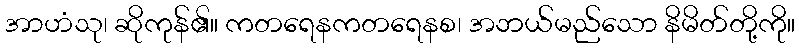
အာဟံသု၊ ဆိုကုန်၏။ ကတရေနကတရေနစ၊ အဘယ်မည်သော နိမိတ်တို့ကို။